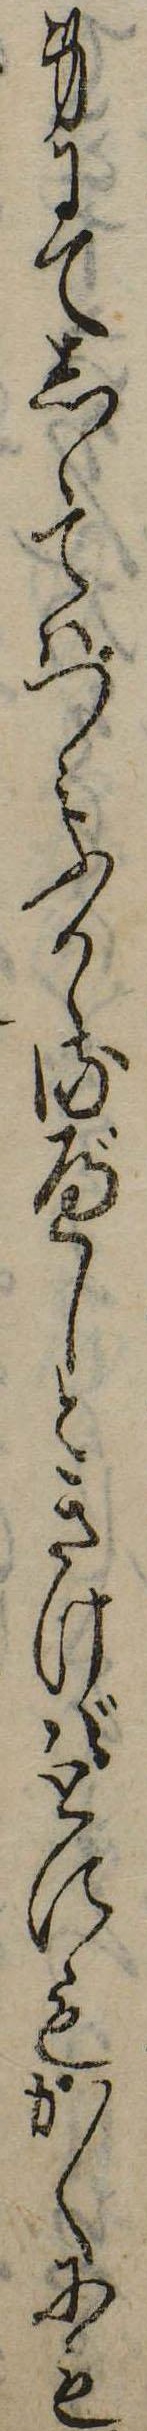
身にてしゝてはつみふかゝるべしときけばとにもかくにも